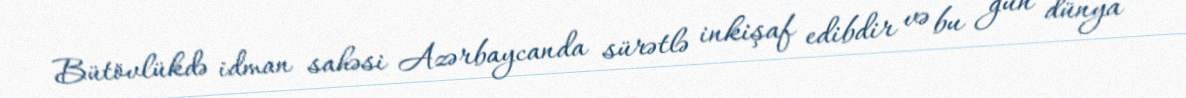
Bütövlükdə idman sahəsi Azərbaycanda sürətlə inkişaf edibdir və bu gün dünya